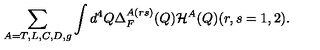
\sum _ { A = T , L , C , D , g } \int d ^ { 4 } Q \Delta _ { F } ^ { A ( r s ) } ( Q ) { \cal H } ^ { A } ( Q ) ( r , s = 1 , 2 ) .